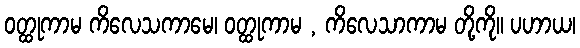
ဝတ္ထုကာမ ကိလေသကာမေ၊ ဝတ္ထုကာမ , ကိလေသာကာမ တို့ကို။ ပဟာယ၊